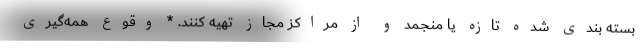
بسته بندی شده تازه یا منجمد و از مراکز مجاز تهیه کنند. * وقوع همه‌گیری